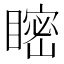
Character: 𥉴